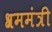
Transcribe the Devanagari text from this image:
श्रममंत्री